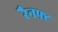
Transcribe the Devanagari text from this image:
रैनफ्‍ट